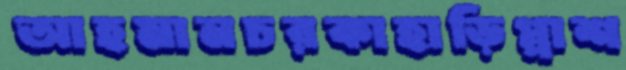
আহমানচরকাহাড়িপ্পাশ